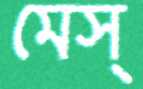
মেস্